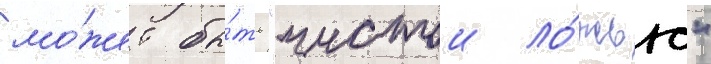
мо́жет бы́ть "чистои ло́жью"